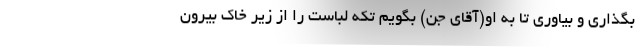
بگذاری و بیاوری تا به او(آقای جن) بگویم تکه لباست را از زیر خاک بیرون